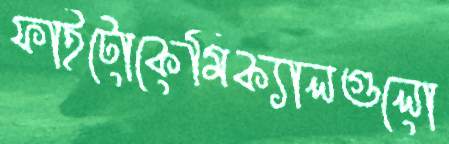
ফাইটোকেমিক্যালগুলো